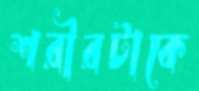
শরীরটাকে